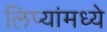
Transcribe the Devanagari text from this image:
लिप्यांमध्ये